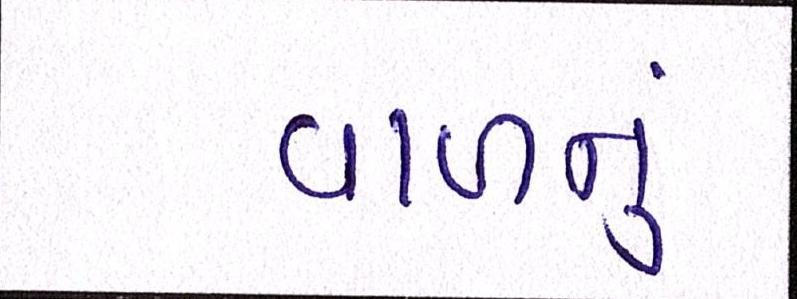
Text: વાળનું